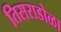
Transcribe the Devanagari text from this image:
तिसराडोळा